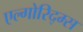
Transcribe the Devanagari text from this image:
एल्गोरिद्म्स